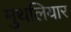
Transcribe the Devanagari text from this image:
मुथलियार